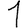
Digit: 1